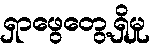
ရှာဖွေတွေ့ရှိမှု